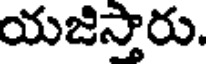
యజిస్తారు.